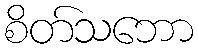
စိတ်သဘော